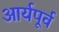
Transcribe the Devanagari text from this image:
आर्यपूर्व